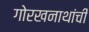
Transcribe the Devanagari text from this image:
गोरखनाथांची